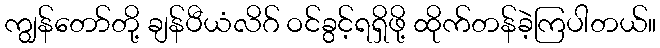
ကျွန်တော်တို့ ချန်ပီယံလိဂ် ဝင်ခွင့်ရရှိဖို့ ထိုက်တန်ခဲ့ကြပါတယ်။